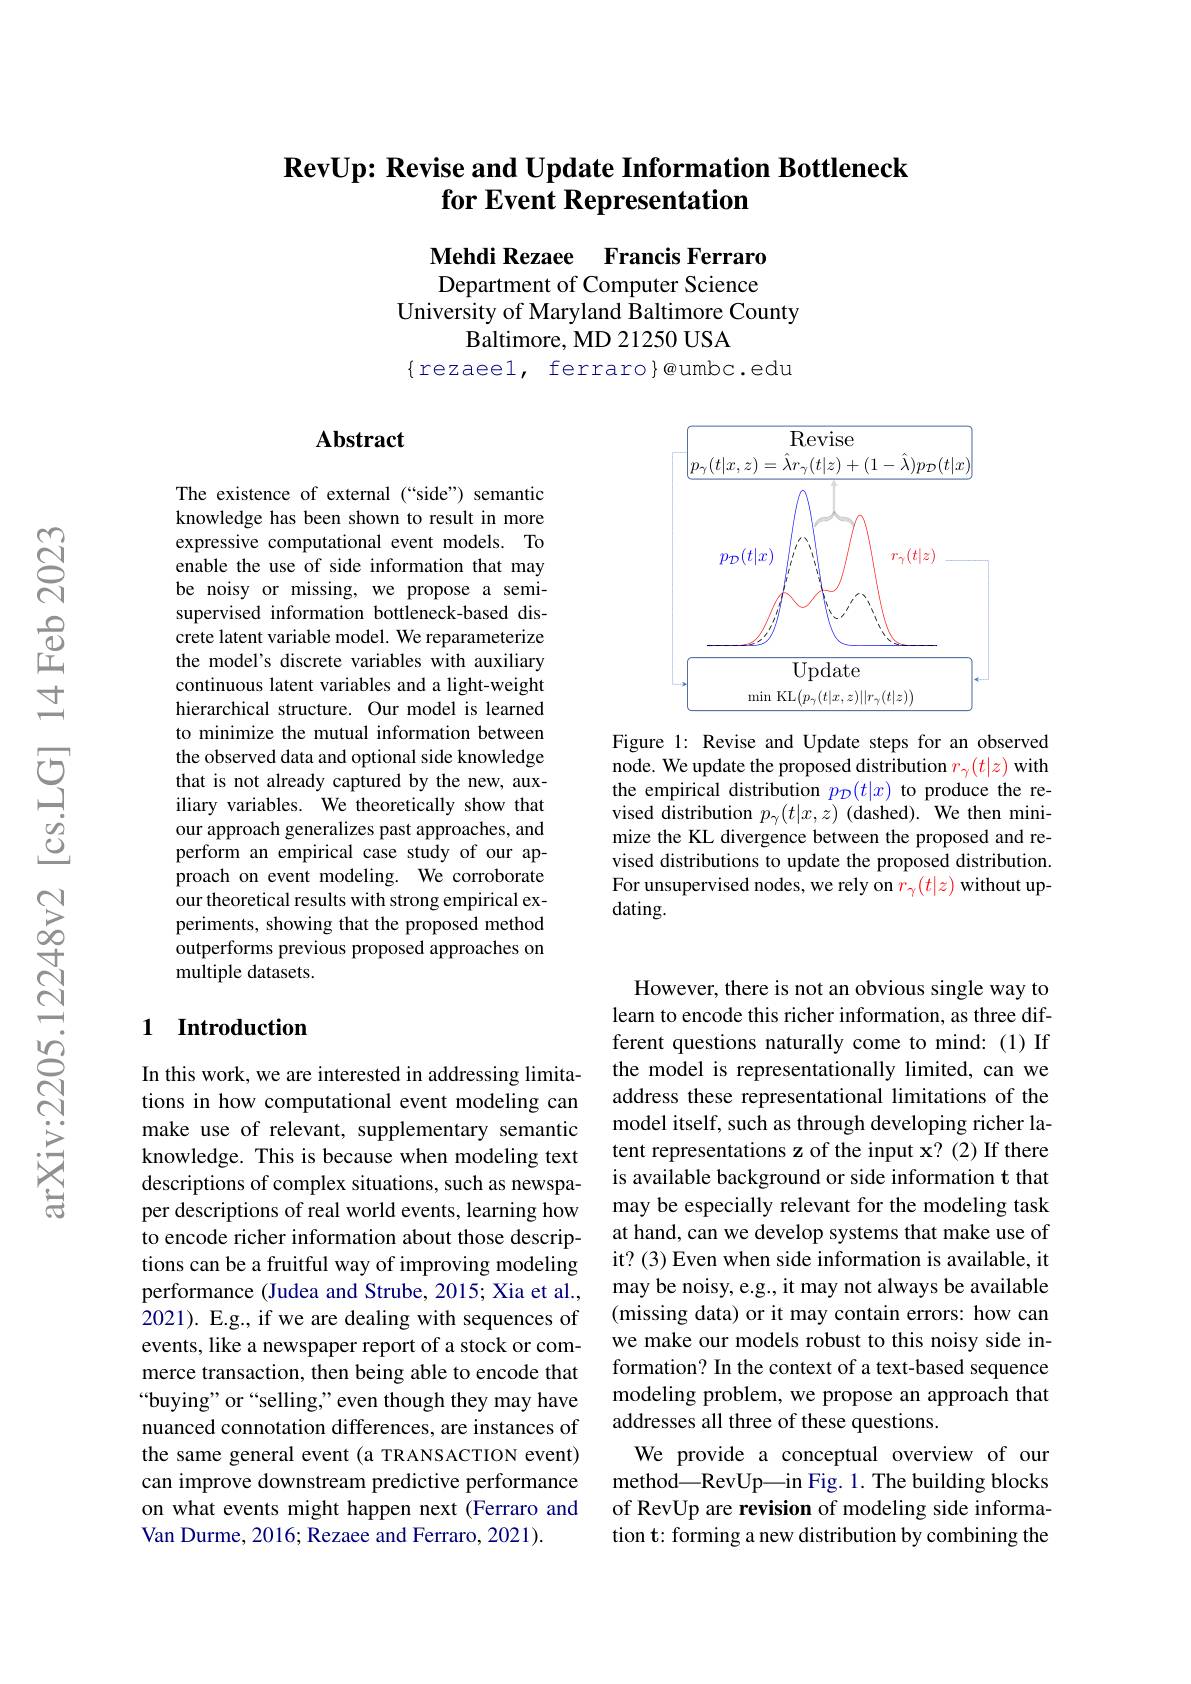
### $\textbf{RevUp: Revise and Update Information Bottleneck}$ for Event Representation

Mehdi Rezaee Francis Ferraro Department of Computer Science
University of Maryland Baltimore County
Baltimore, MD 21250 USA
$\{$rezaeel, ferraro}@umbc.edu

### Abstract

The existence of external (“side”) semantic knowledge has been shown to result in more expressive computational event models. To enable the use of side information that may be noisy or missing, we propose a semisupervised information bottleneck-based discrete latent variable model. We reparameterize the model's discrete variables with auxiliary continuous latent variables and a light-weight hierarchical structure. Our model is learned to minimize the mutual information between the observed data and optional side knowledge that is not already captured by the new, auxiliary variables. We theoretically show that our approach generalizes past approaches, and perform an empirical case study of our approach on event modeling. We corroborate our theoretical results with strong empirical experiments, showing that the proposed method outperforms previous proposed approaches on multiple datasets.

## 1 Introduction

In this work, we are interested in addressing limitations in how computational event modeling can make use of relevant, supplementary semantic knowledge. This is because when modeling text descriptions of complex situations, such as newspaper descriptions of real world events, learning how to encode richer information about those descriptions can be a fruitful way of improving modeling performance (Judea and Strube, 2015; Xia et al., 2021). E.g., if we are dealing with sequences of events, like a newspaper report of a stock or commerce transaction, then being able to encode that “buying” or “selling,”even though they may have nuanced connotation differences, are instances of the same general event (a TRANSACTION event) can improve downstream predictive performance on what events might happen next (Ferraro and Van Durme, 2016; Rezaee and Ferraro, 2021).

<FigureHere>

Figure 1: Revise and Update steps for an observed node. We update the proposed distribution $r_\gamma(t|z)$ with the empirical distribution $p_\mathcal{D}(t|x)$ to produce the revised distribution $p_\gamma(t|x,z)$ (dashed). We then minimize the KL divergence between the proposed and revised distributions to update the proposed distribution. For unsupervised nodes, we rely on $r_\gamma(t|z)$ without updating.

However, there is not an obvious single way to learn to encode this richer information, as three different questions naturally come to mind: (1) If the model is representationally limited, can we address these representational limitations of the model itself, such as through developing richer latent representations z of the input x? (2) If there is available background or side information t that may be especially relevant for the modeling task at hand, can we develop systems that make use of it? (3) Even when side information is available, it may be noisy, e.g., it may not always be available (missing data) or it may contain errors: how can we make our models robust to this noisy side information? In the context of a text-based sequence modeling problem, we propose an approach that addresses all three of these questions.
We provide a conceptual overview of our method—RevUp—in Fig. 1. The building blocks of RevUp are revision of modeling side information t: forming a new distribution by combining the